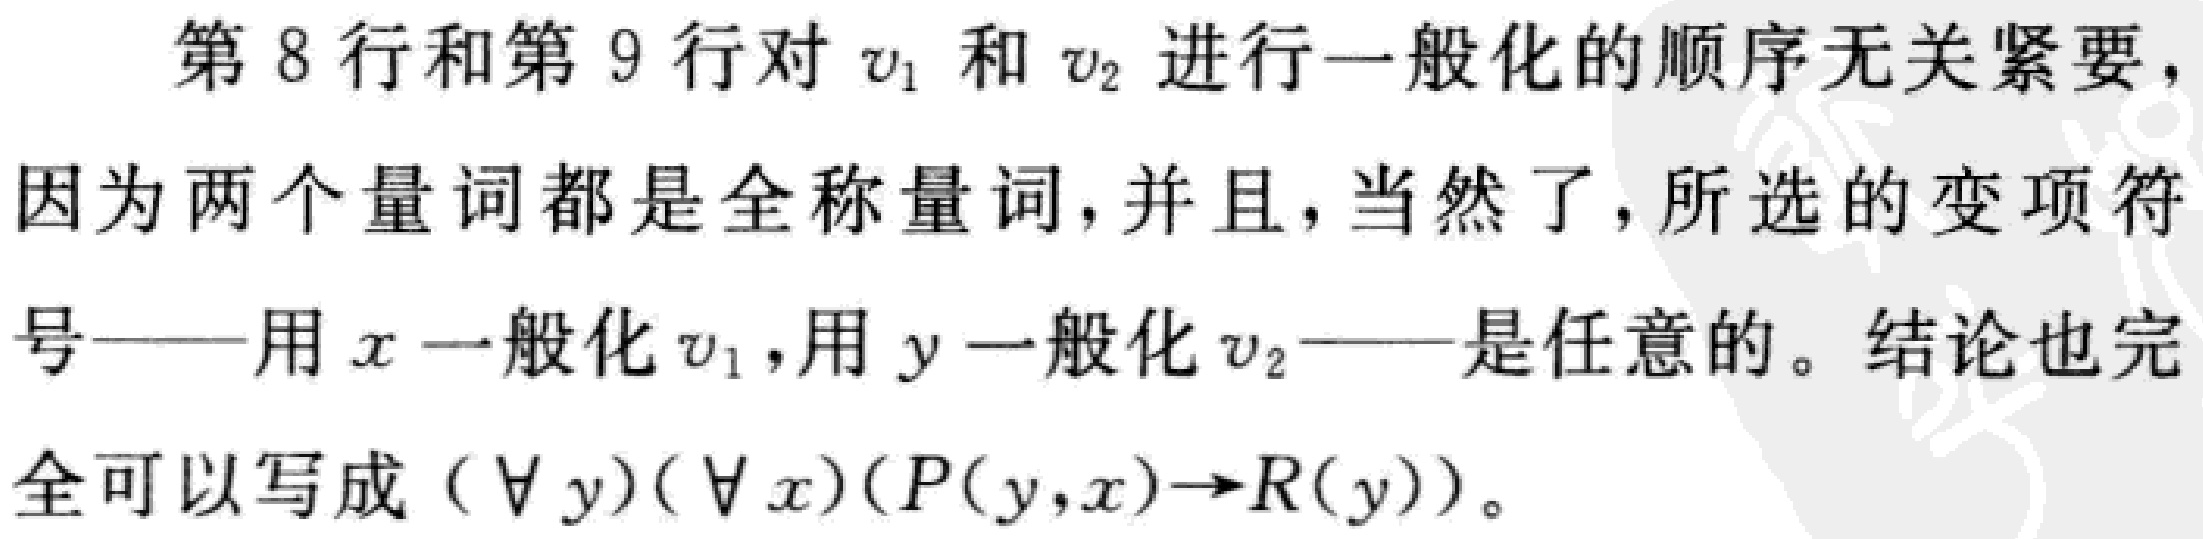
第 8 行和第 9 行对 \(v_1\) 和 \(v_2\) 进行一般化的顺序无关紧要，因为两个量词都是全称量词，并且，当然了，所选的变项符号——用 \(x\) 一般化 \(v_1\)，用 \(y\) 一般化 \(v_2\)——是任意的。结论也完全可以写成 \((\forall y)(\forall x)(P(y,x)\to R(y))\)。